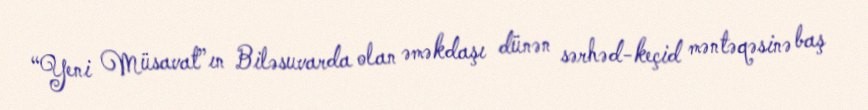
“Yeni Müsavat”ın Biləsuvarda olan əməkdaşı dünən sərhəd-keçid məntəqəsinə baş